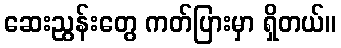
ဆေးညွန်းတွေ ကတ်ပြားမှာ ရှိတယ်။